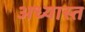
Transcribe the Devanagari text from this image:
अध्यास्त